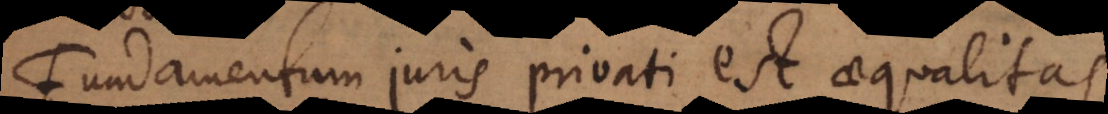
Fundamentum juris privati est aequalitas,